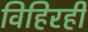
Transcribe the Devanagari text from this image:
विहिरही